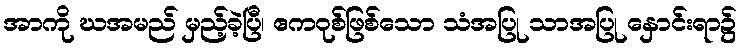
အာကို ဃအမည် မှည့်ခဲ့ပြီ၊ ဧကဝုစ်ဖြစ်သော သံအပြု သာအပြု နှောင်းရာ၌